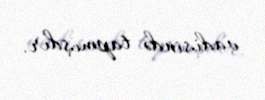
vadisində tapmışdır.